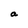
Character: a